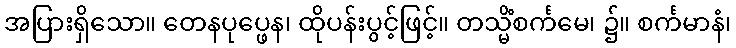
အပြားရှိသော။ တေနပုပ္ဖေန၊ ထိုပန်းပွင့်ဖြင့်။ တသ္မိံစင်္ကမေ၊ ၌။ စင်္ကမာနံ၊